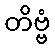
တိဗ္ဗံ